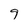
Character: 9